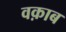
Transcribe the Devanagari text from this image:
वक़ाब